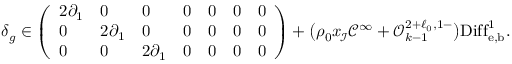
\delta _ { g } \in \left( \begin{array} { l l l l l l l } { 2 \partial _ { 1 } } & { 0 } & { 0 } & { 0 } & { 0 } & { 0 } & { 0 } \\ { 0 } & { 2 \partial _ { 1 } } & { 0 } & { 0 } & { 0 } & { 0 } & { 0 } \\ { 0 } & { 0 } & { 2 \partial _ { 1 } } & { 0 } & { 0 } & { 0 } & { 0 } \end{array} \right) + \bigl ( \rho _ { 0 } x _ { \! \mathscr I } \mathcal C ^ { \infty } + \mathcal O _ { k - 1 } ^ { 2 + \ell _ { 0 } , 1 - } \bigr ) \mathrm { D i f f } _ { \mathrm { e , b } } ^ { 1 } .